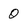
Character: 0